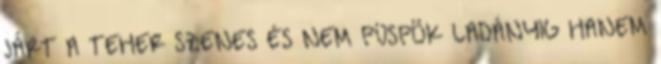
JÁRT A TEHER SZENES ÉS NEM PÜSPÖK LADÁNYIG HANEM